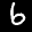
Label: 6